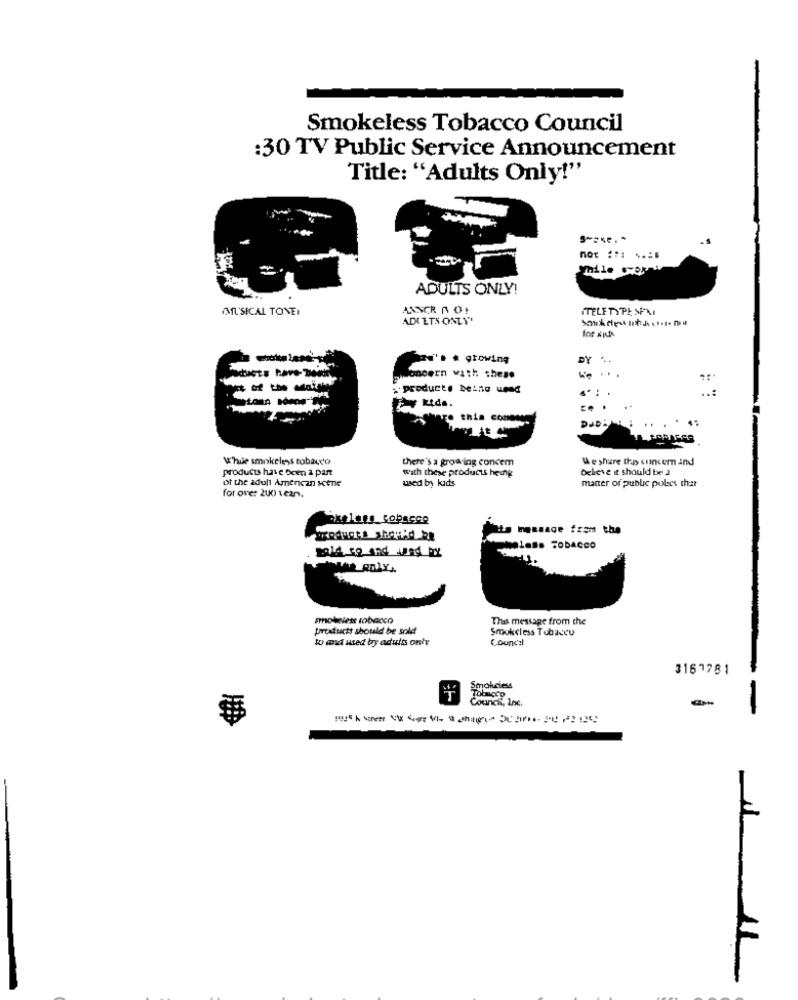
Smokeless Tobacco Council
:30 TV Public Service Announcement
Title: "Adults Only!"
ADULTS ONLY!
MUSICAL TONEI
ANSCR NO!
TELFTYPES
ADULTS ONLY
---
a.'. . growing
DY ...
vonbern with these
producte beino upad
.*: .
...
Rtds.
.. .
To this comes
while smokeless tobacco
there's a growing concem
Weshare the concer ind
products have ocen 2 part
with these products heing
believe it should be 2
of the aduli Amencan scene
used by kids
manter of public poles that
for one: 200 vean
Its message from the
Products shopkd RE
mmeless TobaCCO
anokelett tobacco
This message from the
products should be sold
Smokeless Tobaceu
wo and used by adults only
Council
3167781
Smnohuciess
Tobacco
Council, Inc.
--